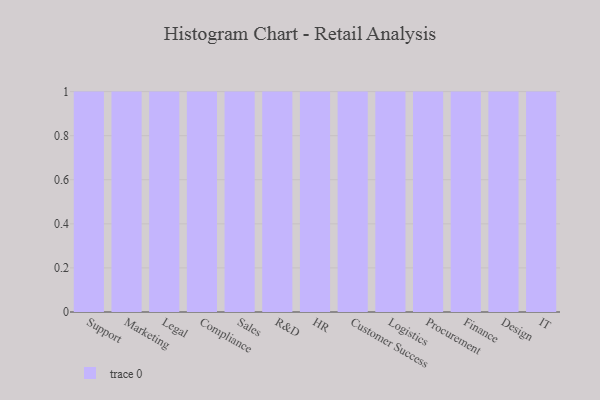
{"axis": {"x": "Department", "y": "LTV (USD)"}, "legend": [""], "data": [{"x": "Support", "y": 75, "type": ""}, {"x": "Marketing", "y": 55, "type": ""}, {"x": "Legal", "y": 53, "type": ""}, {"x": "Compliance", "y": 6, "type": ""}, {"x": "Sales", "y": 75, "type": ""}, {"x": "R&D", "y": 22, "type": ""}, {"x": "HR", "y": 18, "type": ""}, {"x": "Customer Success", "y": 75, "type": ""}, {"x": "Logistics", "y": 4, "type": ""}, {"x": "Procurement", "y": 56, "type": ""}, {"x": "Finance", "y": 17, "type": ""}, {"x": "Design", "y": 16, "type": ""}, {"x": "IT", "y": 47, "type": ""}]}